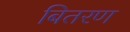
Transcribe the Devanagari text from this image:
बितरण